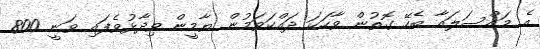
އެ މައްސަލައާ ބެހޭ ގޮތުން ވާހަކަ ދައްކަވަމުން ޔާމީން ވިދާޅުވެފައި ވަނީ 800